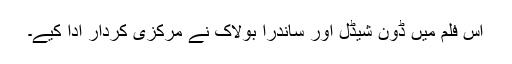
اس فلم میں ڈون شیڈل اور ساندرا بولاک نے مرکزی کردار ادا کیے۔